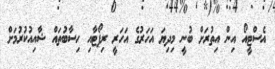
އެސްޓީއޯ އިން އިތުރަށް ބުނީ މިދިޔަ އަހަރުގެ އަހަރީ ރިޕޯޓާއި ހިސާބުތައް ޝާއިއުކުރުމަށް